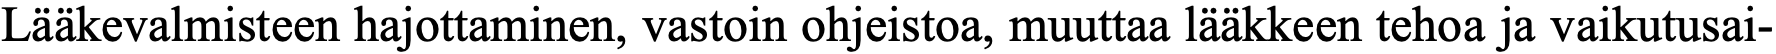
Lääkevalmisteen hajottaminen, vastoin ohjeistoa, muuttaa lääkkeen tehoa ja vaikutusai-